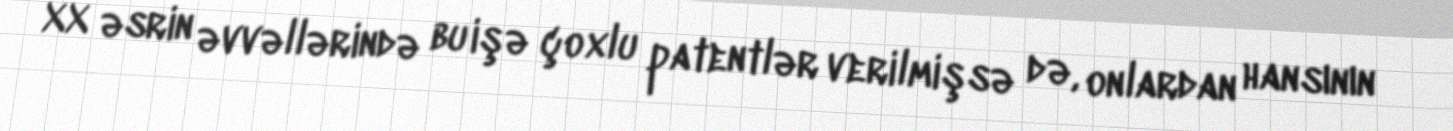
XX əsrin əvvəllərində bu işə çoxlu patentlər verilmişsə də, onlardan hansının